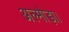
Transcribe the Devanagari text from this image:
अल्मोड़ा।